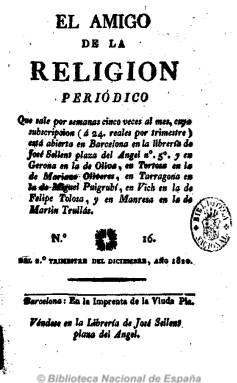
Título: El Amigo de la religión
Colección: Religión
Ámbito geográfico: Barcelona
Lugar de publicación: Barcelona
Fechas: 01/12/1820-24/08/1821

Periódico del Trienio Liberal barcelonés que aparece de mayo de 1820 a septiembre de 1821, y que pudo estar editándose hasta finales de 1822, tras reaparecer en febrero de este año. Al principio salía cinco veces al mes, para después tener una frecuencia semanal, en números de medio centenar de páginas y paginación continuada por trimestre. Contiene preferentemente artículos doctrinales, algunos remitidos, y otros escritos documentales o en forma epistolar cuyos objetivos es resaltar la importancia de la religión católica en la vida social y política. Otros artículos son de carácter filosófico o histórico, pero también con los mismos objetivos. En sus primeros números defiende la compatibilidad entre religión y Constitución, pero también ataca las herejías y las heterodoxias, y polemiza con el Diario constitucional, que le acusa de ultramontano y de fomentar una cruzada religiosa. Sin embargo, su carácter constitucionalista provocará la aparición, a partir del uno de marzo de 1821, de El verdadero amigo de la religión, de carácter ultraconservador y absolutista. Aunque ofrece también informaciones de actualidad de Cataluña, de algunas provincias españolas y de algunas capitales europeas y de ultramar, sus contenidos siguen siendo de carácter eclesial y católico.